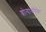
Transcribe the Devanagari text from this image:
श्रोत्यांबरोबर